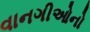
વાનગીઓનો